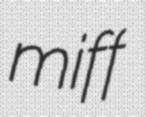
miff